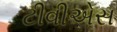
ટીવીએસ